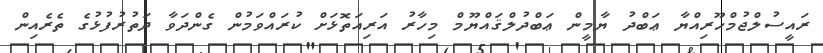
ރައީސުލްޖުމްހޫރިއްޔާ ޢަބްދު ޔާމީން ޢަބްދުލްޤައްޔޫމް މިހާރު އަރިއަތޮޅަށް ކުރައްވަމުން ގެންދަވާ ދަތުރުފުޅުގެ ތެރެއިން